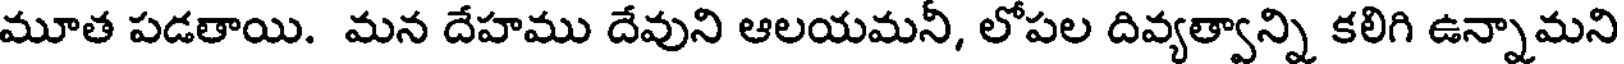
మూత పడతాయి. మన దేహము దేవుని ఆలయమనీ, లోపల దివ్యత్వాన్ని కలిగి ఉన్నామని